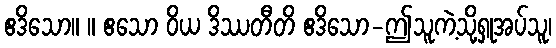
ဧဒိသော။ ။ ဧသော ဝိယ ဒိဿတီတိ ဧဒိသော-ဤသူကဲ့သို့ရှုအပ်သူ၊